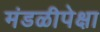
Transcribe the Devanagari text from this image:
मंडळीपेक्षा